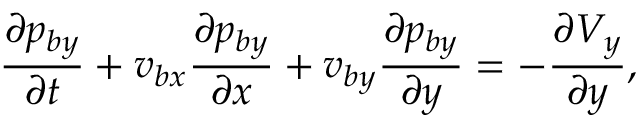
\frac { \partial p _ { b y } } { \partial t } + v _ { b x } \frac { \partial p _ { b y } } { \partial x } + v _ { b y } \frac { \partial p _ { b y } } { \partial y } = - \frac { \partial V _ { y } } { \partial y } ,